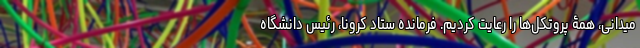
میدانی، همۀ پروتکل‌ها را رعایت کردیم. فرمانده ستاد کرونا، رئیس دانشگاه